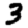
Digit: 3